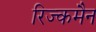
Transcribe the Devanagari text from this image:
रिज्कमैन